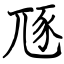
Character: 豗